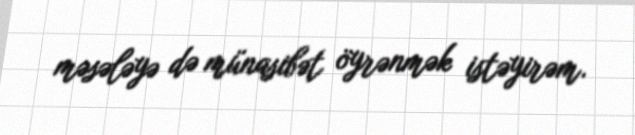
məsələyə də münasibət öyrənmək istəyirəm.